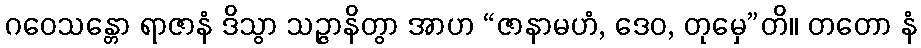
ဂဝေသန္တော ရာဇာနံ ဒိသွာ သဉ္ဇာနိတွာ အာဟ “ဇာနာမဟံ, ဒေဝ, တုမှေ”တိ။ တတော နံ